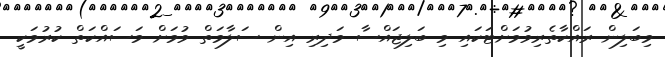
މިބަލިން ރައްކާތެރިވުމަށްޓަކައި މި ބަލިޖައްސާ މަދިރި އިން ސަލާމަތް ވުމަށް މަސައްކަތް ކުރުމަކީ